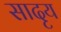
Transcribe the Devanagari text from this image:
सादृय